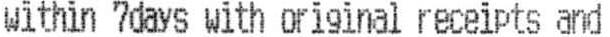
WITHIN 7DAYS WITH ORIGINAL RECEIPTS AND